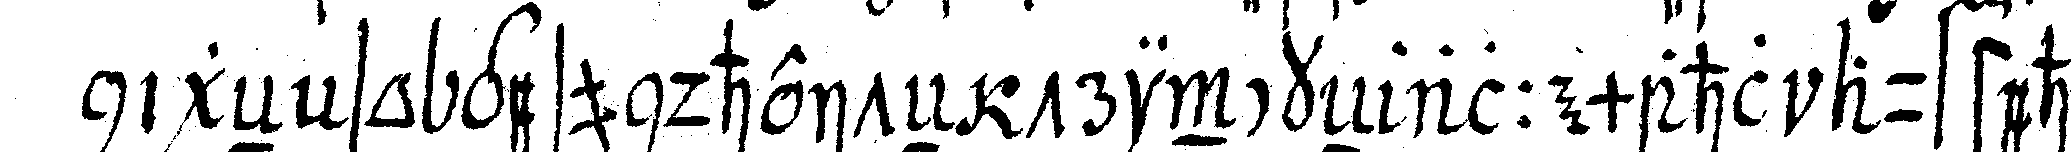
nigeN so gesundheiteN trinckeN allemahl aufsteheN